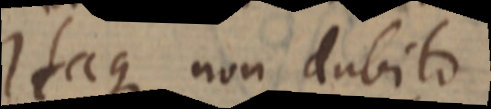
Itaque non dubito